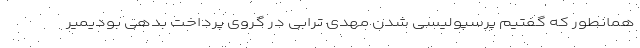
همانطور که گفتیم پرسپولیسی شدن مهدی ترابی در گروی پرداخت بدهی بودیمیر